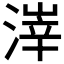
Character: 𪶱